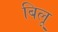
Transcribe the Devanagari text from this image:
बिलू